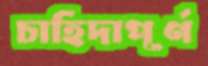
চাহিদাপূর্ণ